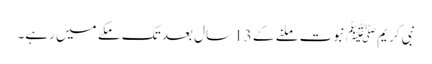
نبی کریمﷺ نبوت ملنے کے 13 سال بعد تک مکے میں رہے۔